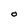
Character: O